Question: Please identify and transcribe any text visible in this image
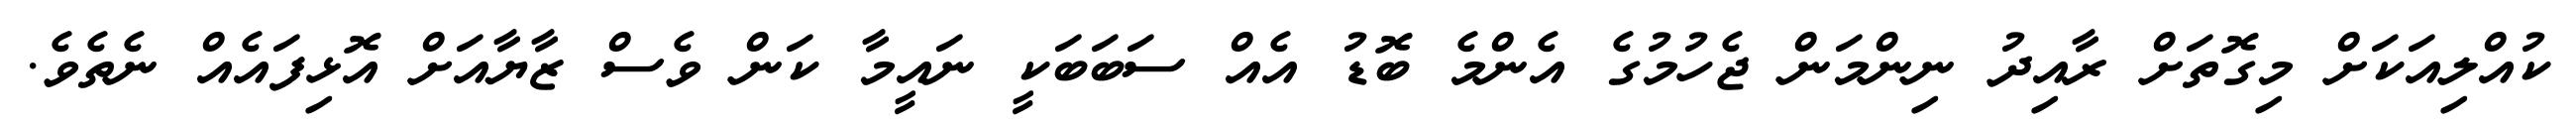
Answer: ކުއްލިއަކަށް މިގޮތަށް ރާއިދު ނިންމަން ޖެހުމުގެ އެންމެ ބޮޑު އެއް ސަބަބަކީ ނައީމާ ކަން ވެސް ޒާޔާއަށް އޮޅިފައެއް ނެތެވެ.